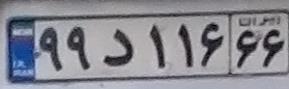
۹۹د۱۱۶۶۶